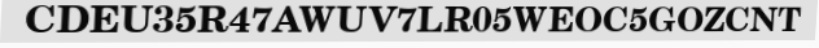
CDEU35R47AWUV7LR05WEOC5GOZCNT